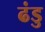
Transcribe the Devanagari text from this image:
ढंडु